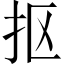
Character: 抠